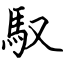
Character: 馭